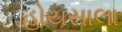
હોયસાલા